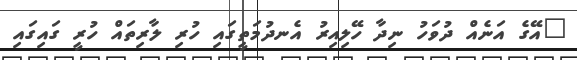
"އޭގެ އަނެއް ދުވަހު ނިދާ ހޭލިއިރު އެނދުމަތީގައި ހުރި ލާރިތައް ހުރީ ގައިގައި